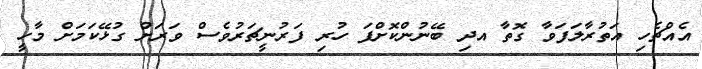
އެއްޗެހި އަތުރާލަފަވާ ގޮތާ އދި ބޭނުންކޮށްފަ ހުރި ފަރުނީޗަރުވެސް ވަރަށް ގުޅޭކަމަށް މާހީ